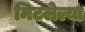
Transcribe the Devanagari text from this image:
मिटलेल्या